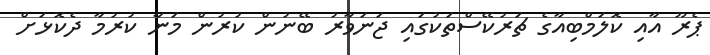
ޕެރޫ އާއި ކޮލަމްބިއާގެ ޗަރުކޭސްތަކުގައި ޖަނަވާރު ބޭނުން ކުރުން މަނާ ކުރުމާ ދެކޮޅަށް